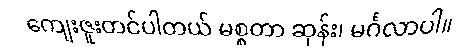
ကျေးဇူးတင်ပါတယ် မစ္စတာ ဆုန်း၊ မင်္ဂလာပါ။